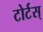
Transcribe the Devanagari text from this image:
टोर्टस्